Veterinary regulations India, 1935 -
Year: 1935
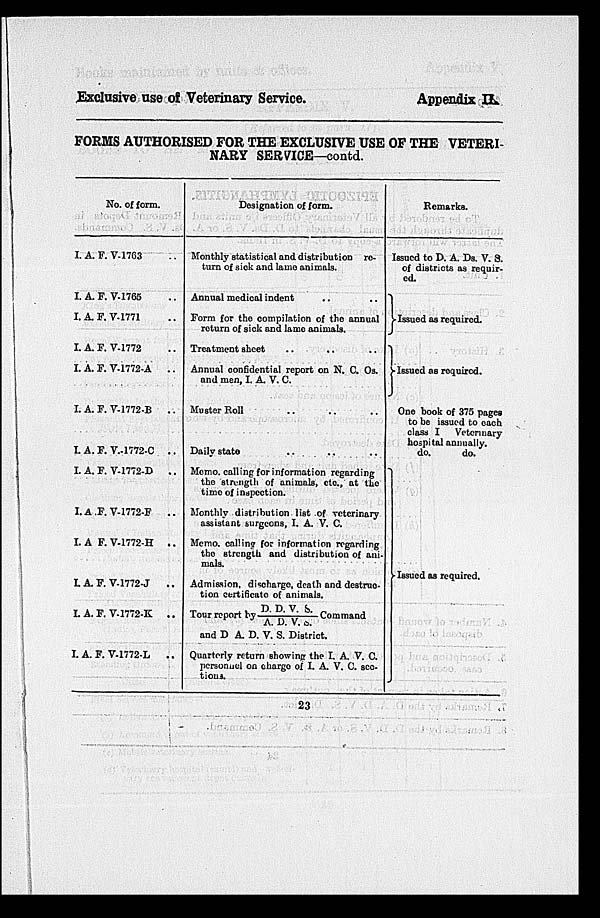
Exclusive use of Veterinary Service.
Appendix II.
FORMS AUTHORISED FOR THE EXCLUSIVE USE OF THE VETERI-
NARY SERVICE—contd.
No. of form
I. A. F. V-1763
I. A. F. V-1765 ..
I. A. F. V-1771 ..
I. A. F. V-1772 ..
I. A. F. V-1772-A
..
I. A. F. V-1772-B
..
I. A. F. V.-1772-C
..
I. A. F. V-1772-D
..
I. A. F. V-1772-F
..
I. A F. V-1772-H
..
I. A. F. V-1772-J
..
I. A. F. V-1772-K
..
I. A. F. V-1772-L
..
Designation of form.
Monthly statistical and distribution re-
turn of sick and lame animals.
Annual medical indent
Form for the compilation of the annual
return of sick and lame animals.
Treatment sheet
Annual confidential report on N. C. Os.
and men, I. A. V. C.
Muster Roll ... ... ...
Daily state
...
...
...
Memo, colling for information regarding
the strength of animals, etc., at the
time of inspection.
Monthly distribution list of veterinary
assistant surgeons, I. A. V. C.
Memo, calling for information regarding
the strength and distribution of ani-
mals.
Admission, discharge, death and destruc-
tion certificate of animals.
Tour report by D. D. V. S./ A. D. V. S.
Command
and D A. D. V. S. District.
Quarterly return showing the I. A. V. C.
personnel on charge of I. A. V. C. sec-
tions.
Remarks.
Issued to D. A. Ds. V. S.
of districts as requir-
ed.
Issued as required.
Issued as required.
One book of 375 pages
to be issued to each
class I
Veterinary
hospital annually.
do.
do.
Issued as required.
23